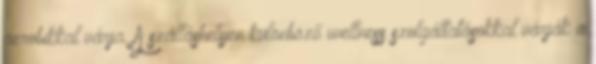
aerobikkal várja. A szálláshelyen különböző wellness szolgáltatásokkal várják a